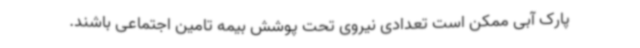
پارک آبی ممکن است تعدادی نیروی تحت پوشش بیمه تامین اجتماعی باشند.